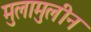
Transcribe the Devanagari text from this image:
मुलामुलीन